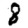
Digit: 8